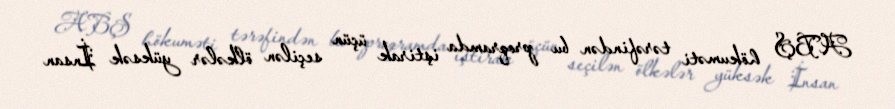
ABŞ hökuməti tərəfindən bu proqramda iştirak üçün seçilən ölkələr yüksək İnsan